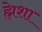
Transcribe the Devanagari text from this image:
ह्मेशा